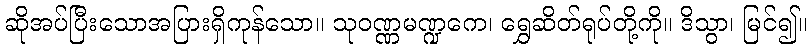
ဆိုအပ်ပြီးသောအပြားရှိကုန်သော။ သုဝဏ္ဏမဏ္ဍကေ၊ ရွှေဆိတ်ရုပ်တို့ကို။ ဒိသွာ၊ မြင်၍။